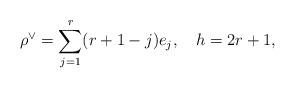
LaTeX: \begin{align*}\rho^\vee=\sum_{j=1}^r(r+1-j)e_j,\quad h=2r+1, \end{align*}